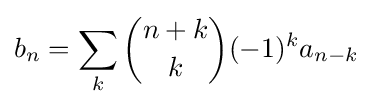
b_{n}=\sum _{k}{\binom {n+k}{k}}(-1)^{k}a_{n-k}